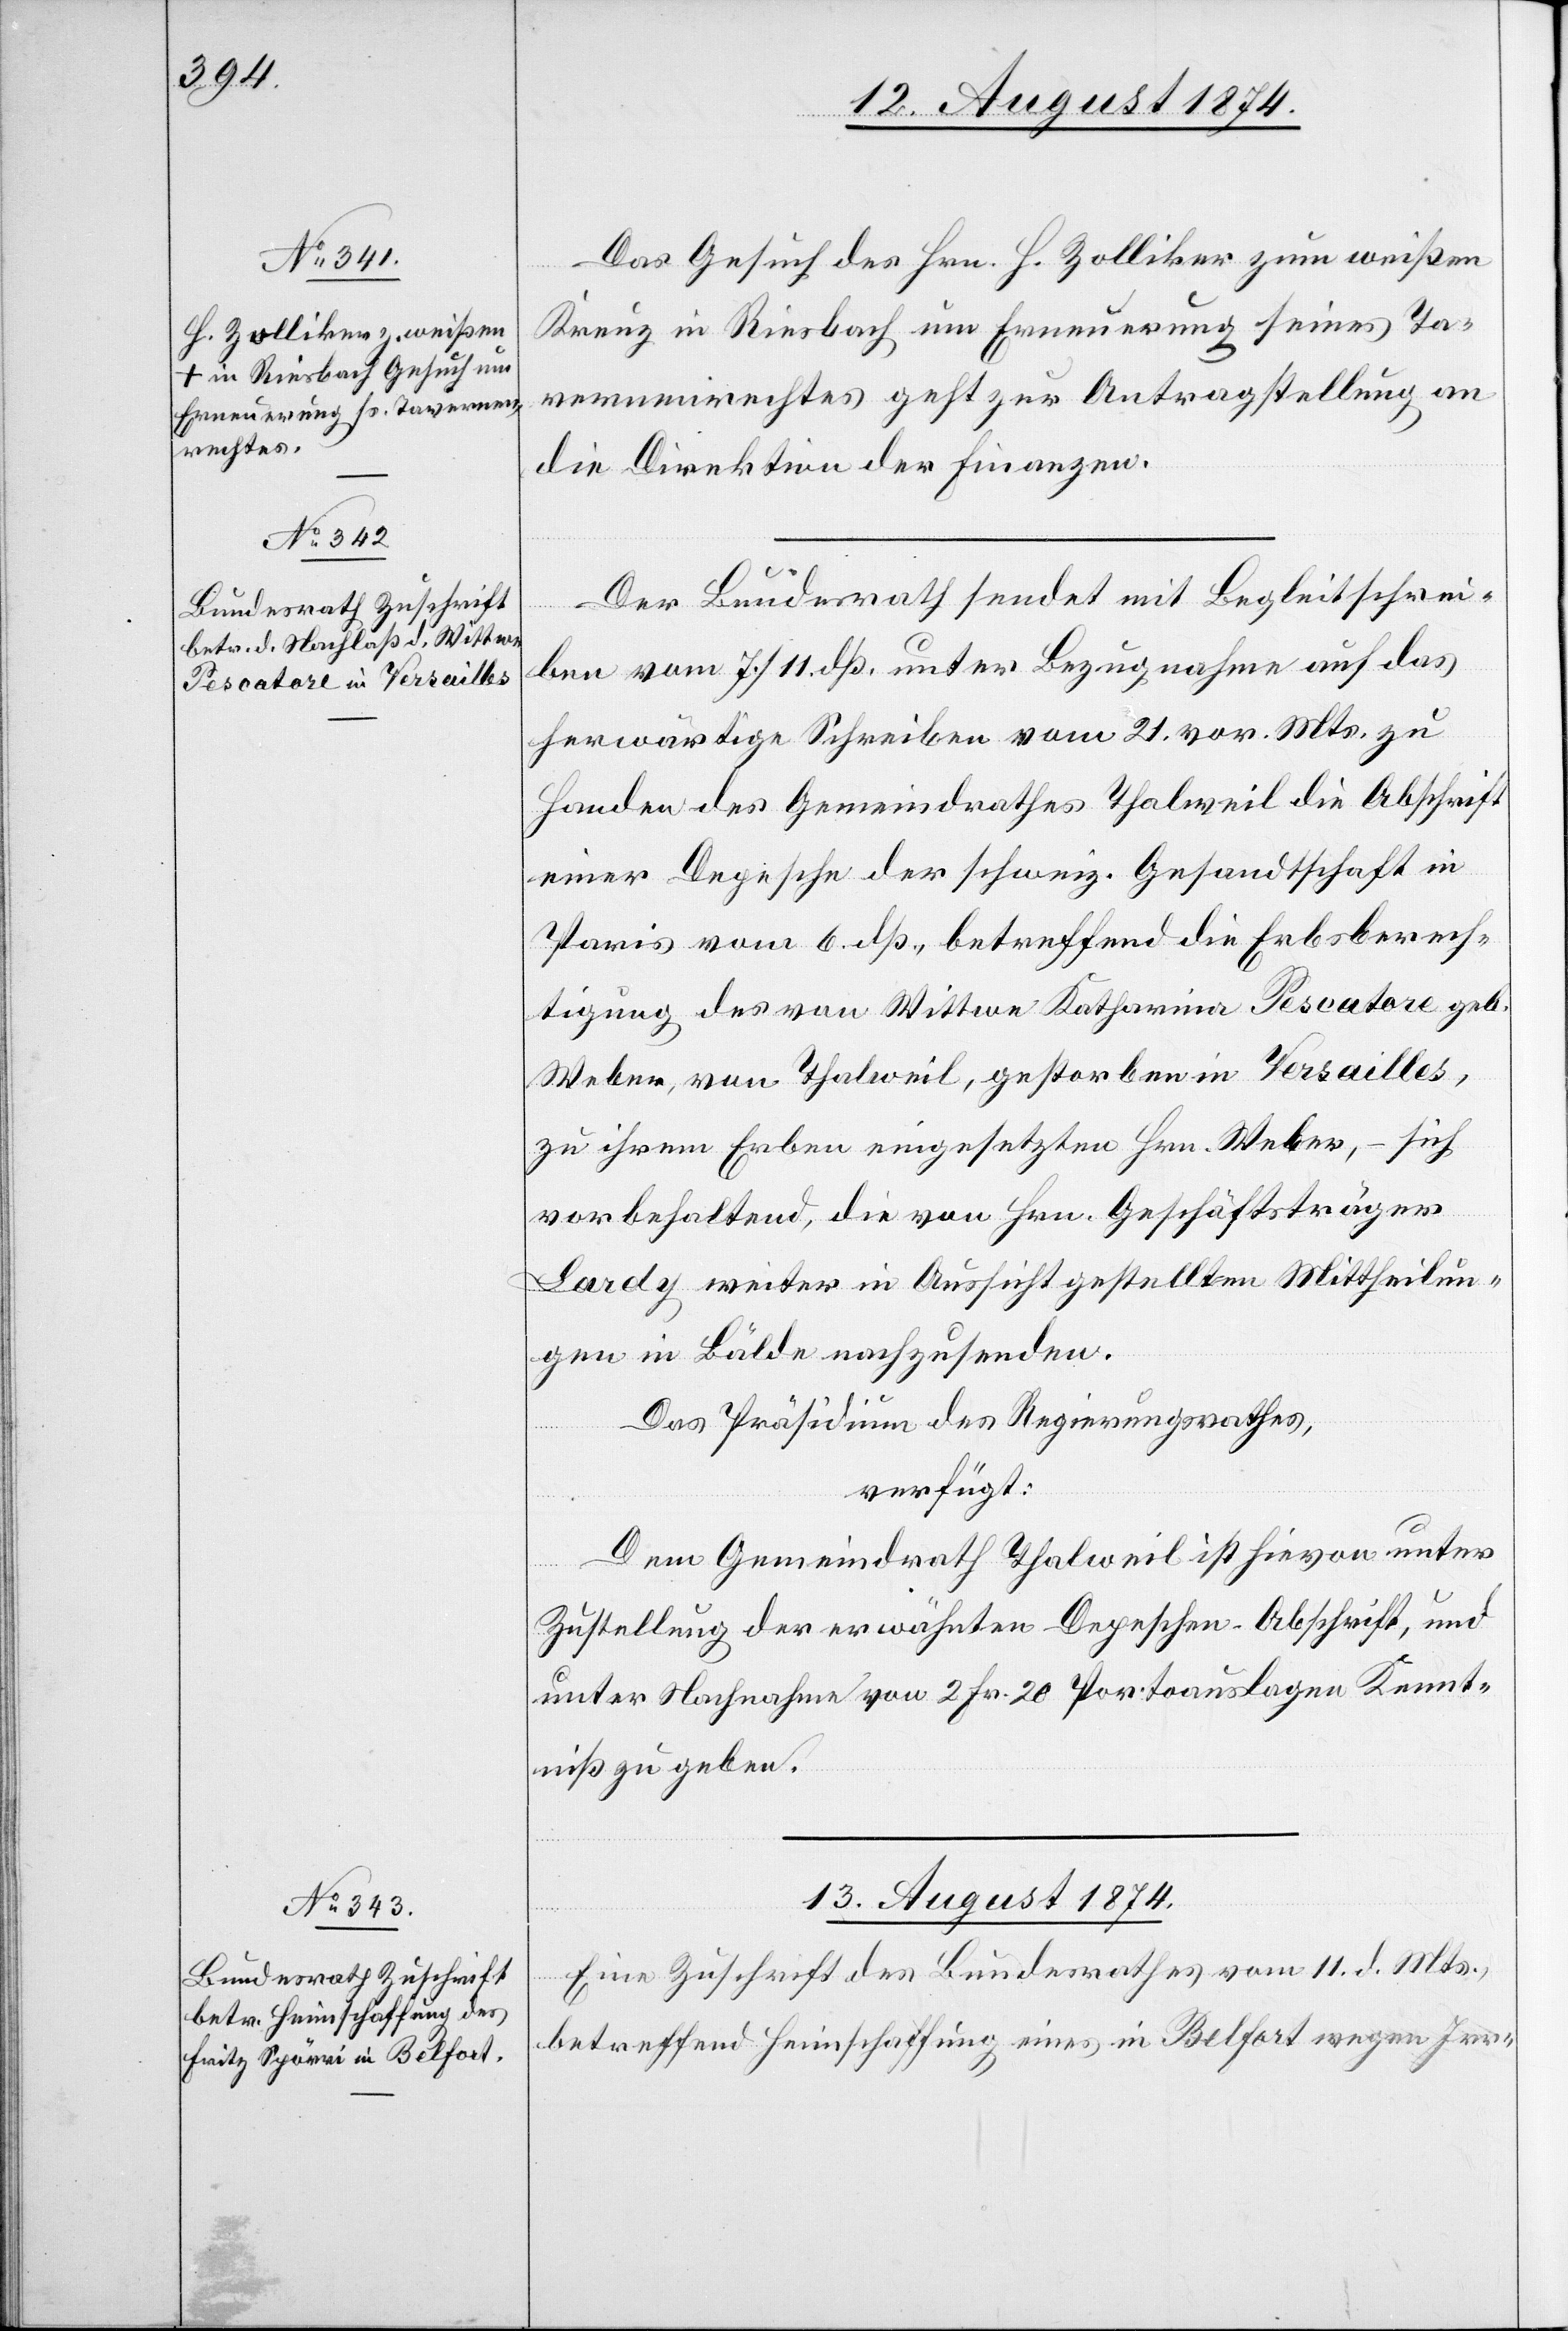
12. August 1874.]
Das Gesuch des Hrn. H. Zolliker zum weißen
Kreuz in Riesbach um Erneuerung seines Ta¬
vernenrechtes geht zur Antragstellung an
die Direktion der Finanzen.
Der Bundesrath sendet mit Begleitschrei¬
ben vom 7./11. dß. unter Bezugnahme auf das
herwärtige Schreiben vom 21. vor. Mts. zu
Handen des Gemeindrathes Thalweil die Abschrift
einer Depesche der schweiz. Gesandtschaft in
Paris vom 6. dß., betreffend die Erbsberech¬
tigung des von Wittwe Katharina Pescatore geb.
Weber, von Thalweil, gestorben in Versailles,
zu ihrem Erben eingesetzten Hrn. Weber, – sich
vorbehaltend, die von Hrn. Geschäftsträger
Lardy weiter in Aussicht gestellten Mittheilun¬
gen in Bälde nachzusenden.
Das Präsidium des Regierungsrathes,
verfügt:
Dem Gemeindrath Thalweil ist hievon unter
Zustellung der erwähnten Depeschen-Abschrift, und
unter Nachnahme von 2 Fr. 20 Portoauslagen Kennt¬
niß zu geben.
13. August 1874.
Eine Zuschrift des Bundesrathes vom 11. d. Mts.,
betreffend Heimschaffung eines in Belfort wegen Irr-